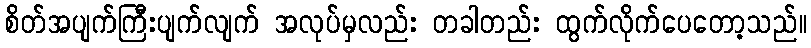
စိတ်အပျက်ကြီးပျက်လျက် အလုပ်မှလည်း တခါတည်း ထွက်လိုက်ပေတော့သည်။